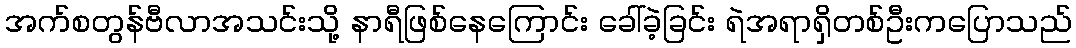
အက်စတွန်ဗီလာအသင်းသို့ နာရီဖြစ်နေကြောင်း ခေါ်ခဲ့ခြင်း ရဲအရာရှိတစ်ဦးကပြောသည်